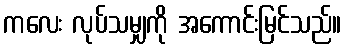
ကလေး လုပ်သမျှကို အကောင်းမြင်သည်။